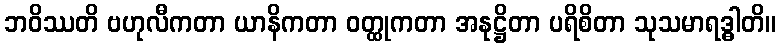
ဘဝိဿတိ ဗဟုလီကတာ ယာနိကတာ ဝတ္ထုကတာ အနုဋ္ဌိတာ ပရိစိတာ သုသမာရဒ္ဓါတိ။